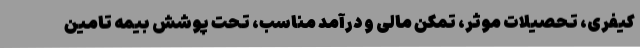
کیفری، تحصیلات موثر، تمکن مالی و درآمد مناسب، تحت پوشش بیمه تامین